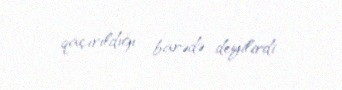
qaçırıldığı barədə deyilirdi.